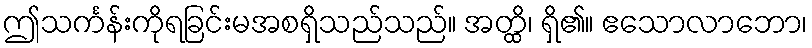
ဤသင်္ကန်းကိုရခြင်းမအစရှိသည်သည်။ အတ္ထိ၊ ရှိ၏။ ဧသောလာဘော၊